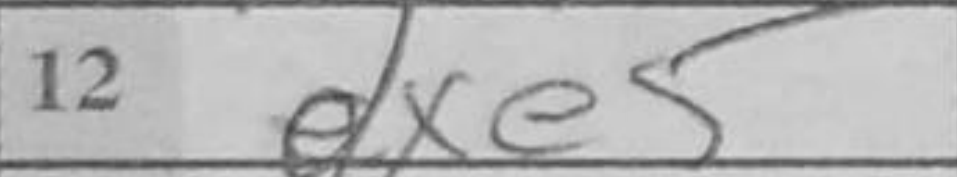
Transcription: dxe5